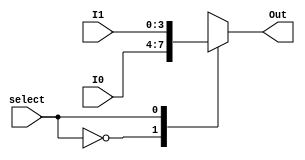
module mux2x4(
    input [3:0] I0,   // first input
    input [3:0] I1,   // second input
    input select,     // select, if 0 it means I0, if 1 it means I1 is output
    output [3:0] Out  // output
);

    // reg
    reg [3:0] Out;

    // directing output to related input
	always @ (I0 or I1 or select) 
	case (select)
        1'b0: Out = I0;
		1'b1: Out = I1;
	endcase
    
endmodule